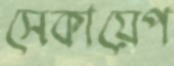
সেকায়েপ